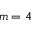
m = 4